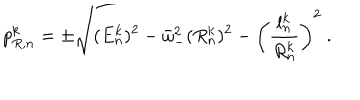
LaTeX: p _ { R , n } ^ { k } = \pm \sqrt { ( E _ { n } ^ { k } ) ^ { 2 } - \bar { \omega } _ { - } ^ { 2 } ( R _ { n } ^ { k } ) ^ { 2 } - \left( \frac { l _ { n } ^ { k } } { R _ { n } ^ { k } } \right) ^ { 2 } } \ .